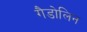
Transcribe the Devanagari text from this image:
गैडोलिन